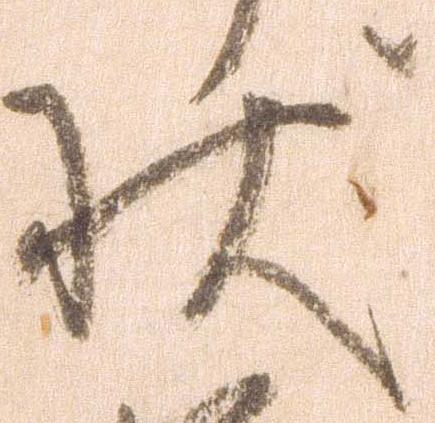
状